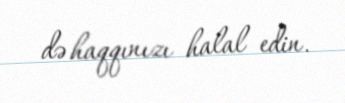
də haqqınızı halal edin.